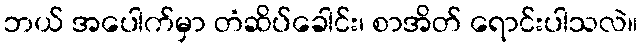
ဘယ် အပေါက်မှာ တံဆိပ်ခေါင်း၊ စာအိတ် ရောင်းပါသလဲ။